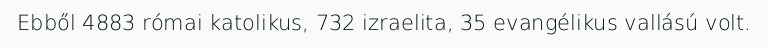
Ebből 4883 római katolikus, 732 izraelita, 35 evangélikus vallású volt.